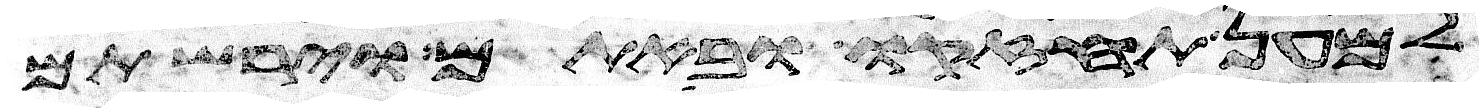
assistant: למען תחזקו ובאתם וירשתם